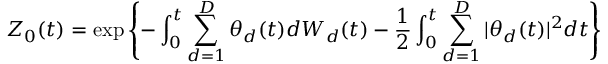
Z _ { 0 } ( t ) = \exp \left\{ - \int _ { 0 } ^ { t } \sum _ { d = 1 } ^ { D } \theta _ { d } ( t ) d W _ { d } ( t ) - { \frac { 1 } { 2 } } \int _ { 0 } ^ { t } \sum _ { d = 1 } ^ { D } | \theta _ { d } ( t ) | ^ { 2 } d t \right\}